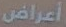
أعراض